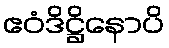
ဧဝံဒိဋ္ဌိနောပိ